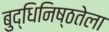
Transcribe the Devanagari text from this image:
बुद्धिनिष्ठतेला